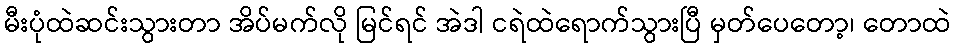
မီးပုံထဲဆင်းသွားတာ အိပ်မက်လို မြင်ရင် အဲဒါ ငရဲထဲရောက်သွားပြီ မှတ်ပေတော့၊ တောထဲ